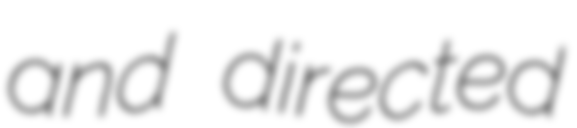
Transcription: and directed